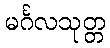
မင်္ဂလသုတ္တ